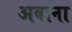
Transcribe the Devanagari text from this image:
अवाना